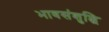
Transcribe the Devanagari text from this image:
भावसंशुद्धि